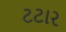
ટટાર